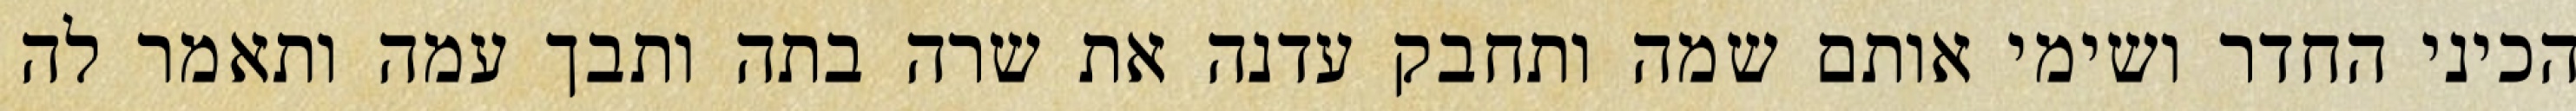
הכיני החדר ושימי אותם שמה ותחבק עדנה את שרה בתה ותבך עמה ותאמר לה